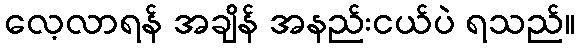
လေ့လာရန် အချိန် အနည်းငယ်ပဲ ရသည်။